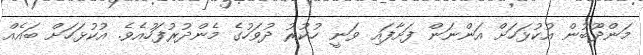
މަންދޫބުން އުކުޅަހަށް އަންނަން ފަށާފައި ވަނީ ހުކުރު ދުވަހުގެ މެންދުރުފަހުއެވެ. އުކުޅަހަށް ބައެއް